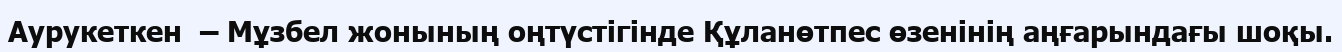
Аурукеткен  – Мұзбел жонының оңтүстігінде Құланөтпес өзенінің аңғарындағы шоқы.